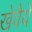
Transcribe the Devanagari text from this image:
खेवैये